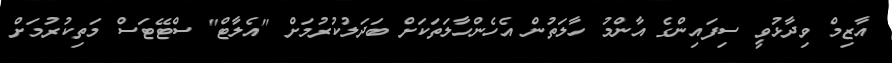
އާޒިމް ވިދާޅުވީ ސިފައިންގެ އާންމު ހާލަތުން އެހެންހާލަތަކަށް ބަދަލުކުރުމަށް "އެލާޓް" ސްޓޭޓަސް މަތިކުރުމަށް